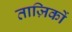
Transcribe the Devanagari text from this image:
ताज़िकों